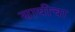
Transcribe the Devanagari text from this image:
सायीचा